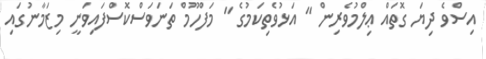
އިސްވެ ދިޔަ ގޮތައް ޢިލްމުވެރިން " އަޅުވެތިކަމުގެ " މަފްހޫމް ތަނަވަސްކޮސްފައިވަނީ މިޒަމާނުގައި